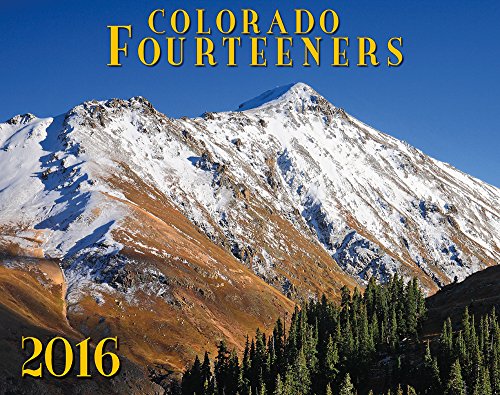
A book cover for Colorado Fourteeners 2016 Deluxe Wall Calendar; Todd Caudle & others; Calendars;